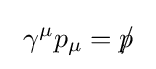
\ \gamma ^{\mu }p_{\mu }=p\!\!\!/\